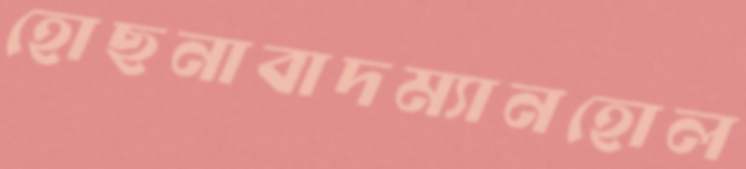
হোছনাবাদম্যানহোল